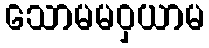
သောမမဝှယာမ